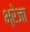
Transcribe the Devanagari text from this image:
भ्रेजा